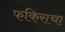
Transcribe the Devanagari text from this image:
फकिराचा